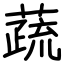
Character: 蔬